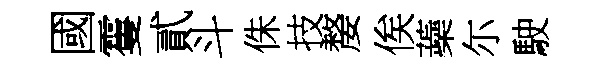
國䨥貳斗侏技嫠俟蘃尓駛